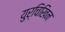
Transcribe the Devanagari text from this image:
युर्चिखिन